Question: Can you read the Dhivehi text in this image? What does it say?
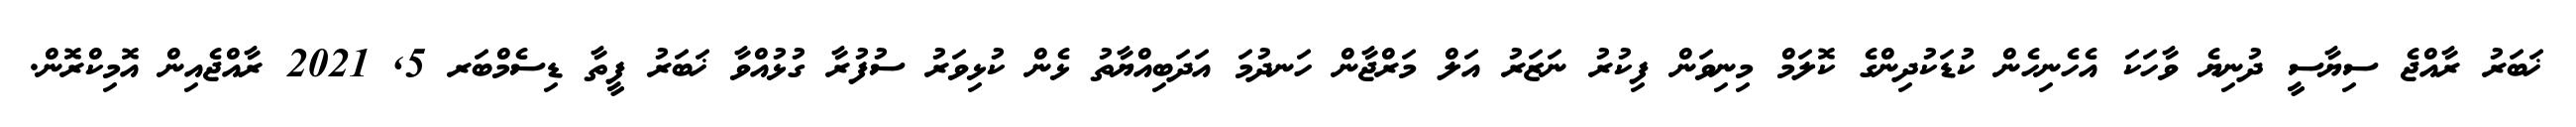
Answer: ޚަބަރު ރާއްޖެ ސިޔާސީ ދުނިޔެ ވާހަކަ އެހެނިހެން ކުޑަކުދިންގެ ކޮލަމް މިނިވަން ފިކުރު ނަޒަރު އަލް މަރްޖާން ހަނދުމަ އަދަބިއްޔާތު ޅެން ކުޅިވަރު ސުފުރާ ގުޅުއްވާ ޚަބަރު ފީތާ ޑިސެމްބަރ 5, 2021 ރާއްޖެއިން އޮމިކްރޮން.